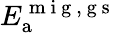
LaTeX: E_{\mathrm{a}}^{\mathrm{~m~i~g~,~g~s~}}